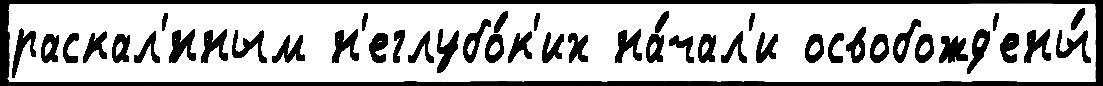
раскал'́нным н'еглубо́к'их на́чал'и освобожд'ены́